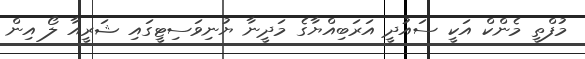
މުފްތީ މެންކް އަކީ ސައުދީ އަރަބިއްޔާގެ މަދީނާ ޔުނިވަސިޓީގައި ޝަރީއާ ލޯ އިން